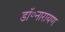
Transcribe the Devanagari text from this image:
डॉ॰नारायण